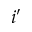
i ^ { \prime }